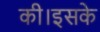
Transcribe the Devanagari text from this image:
की।इसके